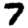
Digit: 7